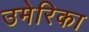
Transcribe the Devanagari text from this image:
उमेरिका